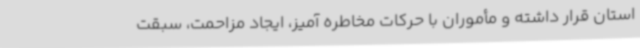
استان قرار داشته و مأموران با حرکات مخاطره آمیز، ایجاد مزاحمت، سبقت